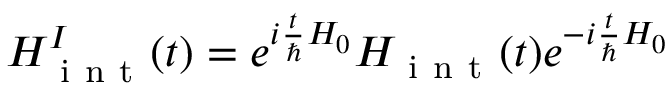
H _ { \mathrm { ~ i ~ n ~ t ~ } } ^ { I } ( t ) = e ^ { i \frac { t } { \hbar } H _ { 0 } } H _ { \mathrm { ~ i ~ n ~ t ~ } } ( t ) e ^ { - i \frac { t } { \hbar } H _ { 0 } }